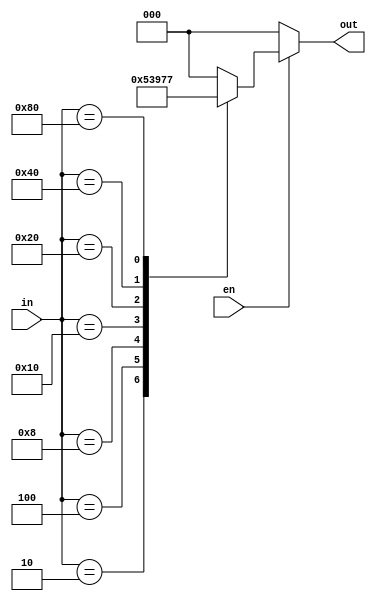
module encod83beh(in,out,en);
input [7:0] in;
output reg [2:0] out;
input en;

always@(in or en)
begin

if(en)
begin
out=3'd0;
case(in)
8'b00000000 : out=3'b000;
8'b00000001 : out=3'b000;
8'b00000010 : out=3'b001;
8'b00000100 : out=3'b010;
8'b00001000 : out=3'b011;
8'b00010000 : out=3'b100;
8'b00100000 : out=3'b101;
8'b01000000 : out=3'b110;
8'b10000000 : out=3'b111;
default: out=3'd0;
endcase
end
else
out=3'd0;
end
endmodule